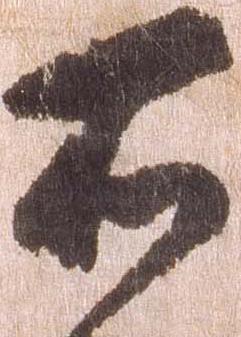
所